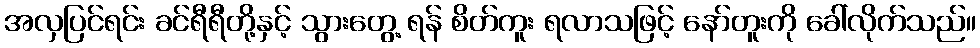
အလှပြင်ရင်း ခင်ရီရီတို့နှင့် သွားတွေ့ ရန် စိတ်ကူး ရလာသဖြင့် နော်တူးကို ခေါ်လိုက်သည်။